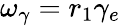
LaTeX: \omega_{\gamma}=r_{1}\gamma_{e}